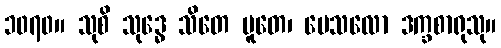
၁၀၇၀။ သုစိ သုဒ္ဓေ သိတေ ပူတေ၊ ပေသလော ဒက္ခစာရုသု။